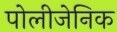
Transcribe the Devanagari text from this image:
पोलीजेनिक